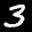
Label: 3